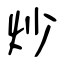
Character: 炒